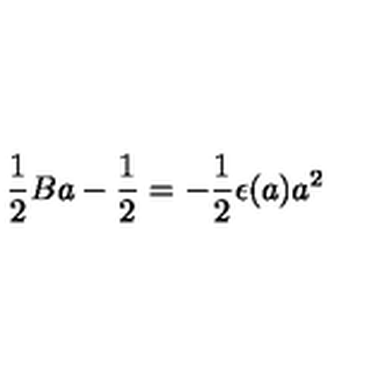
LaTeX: { \frac { 1 } { 2 } } B a - { \frac { 1 } { 2 } } = - { \frac { 1 } { 2 } } \epsilon ( a ) a ^ { 2 }